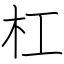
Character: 杠